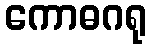
ကောဓဂရု